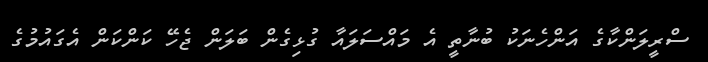
ސްރީލަންކާގެ އަންހެނަކު ބުނާތީ އެ މައްސަލައާ ގުޅިގެން ބަލަން ޖެހޭ ކަންކަން އެގައުމުގެ